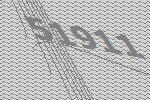
51911